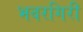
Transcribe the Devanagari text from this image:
भवरगिरी